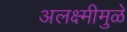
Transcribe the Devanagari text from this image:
अलक्ष्मीमुळे